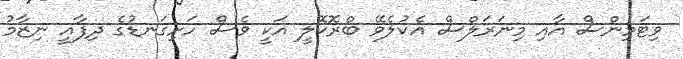
ވިޓަމިންސް އާއި މިނަރަލްސް އެކުލެވޭ ބްރޮކޮލީ އަކީ ވެސް ހަށިގަނޑުގެ ދިފާއީ ނިޒާމު